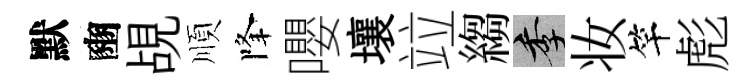
默豳覘順降嚶壤竝縐季妆竿彪